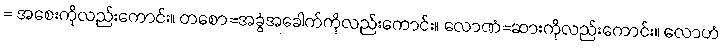
= အစေးကိုလည်းကောင်း။ တစော=အခွံအခေါက်ကိုလည်းကောင်း။ လောဏံ=ဆားကိုလည်းကောင်း။ လောဟံ